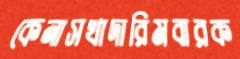
কেনাসখাদারিমবারক